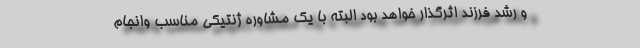
و رشد فرزند اثرگذار خواهد بود البته با یک مشاوره ژنتیکی مناسب وانجام